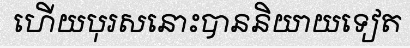
ហើយបុរសនោះបាននិយាយទៀត